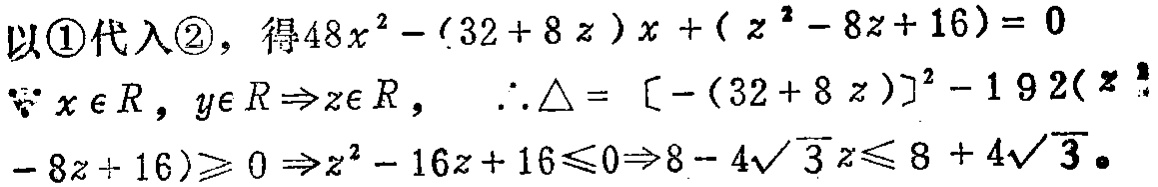
以\textcircled{1}代入\textcircled{2}，得\(48x^{2}-(32 + 8z)x+(z^{2}-8z + 16)=0\)
\(\because x\in R,y\in R\Rightarrow z\in R\)，\(\therefore\Delta = [-(32 + 8z)]^{2}-192(z^{2}-8z + 16)\geqslant0\Rightarrow z^{2}-16z + 16\leqslant0\Rightarrow8 - 4\sqrt{3}\leqslant z\leqslant 8 + 4\sqrt{3}\)。